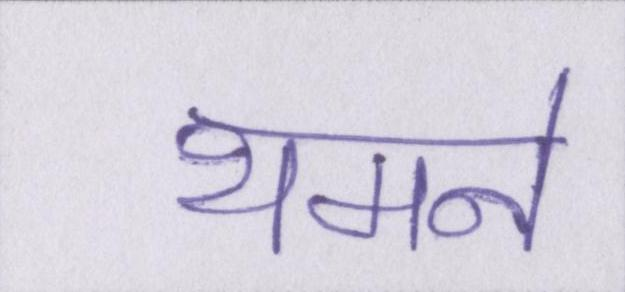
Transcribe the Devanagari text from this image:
थमने